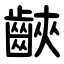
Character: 䶝